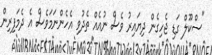
"ސްކޫލް ގަޑި ޖެހިގެން ދިޔައިރު ވެސް ނުއެއް ތެދުވި އެހެންނަމަވެސް އެ ދެމަފިރިން